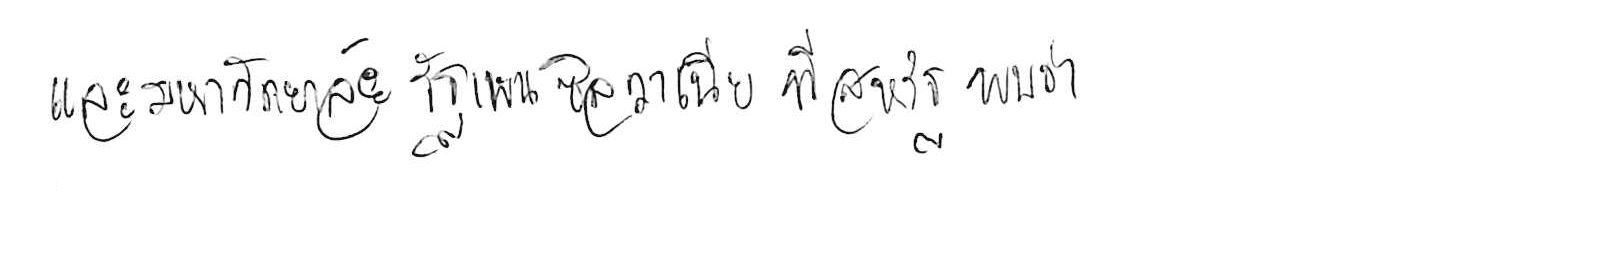
และมหาวิทยาลัยรัฐเพนซิลวาเนีย ที่สหรัฐ พบว่า